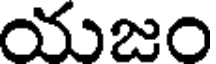
యుజం